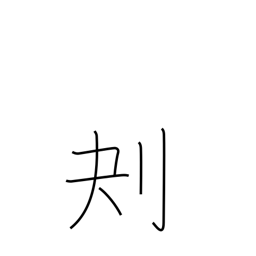
Meaning: scoop out